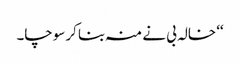
‘‘ خالہ بی نے منہ بنا کر سوچا۔